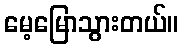
မေ့မြောသွားတယ်။